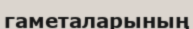
гаметаларының